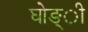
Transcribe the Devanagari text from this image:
घोङ्ी